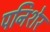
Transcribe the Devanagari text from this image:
पनिशेर